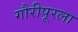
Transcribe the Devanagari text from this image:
गौरीपूरला